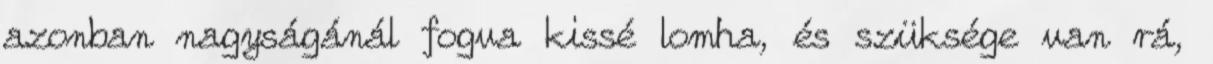
azonban nagyságánál fogva kissé lomha, és szüksége van rá,